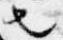
也